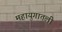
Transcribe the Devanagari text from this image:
महायुगातली